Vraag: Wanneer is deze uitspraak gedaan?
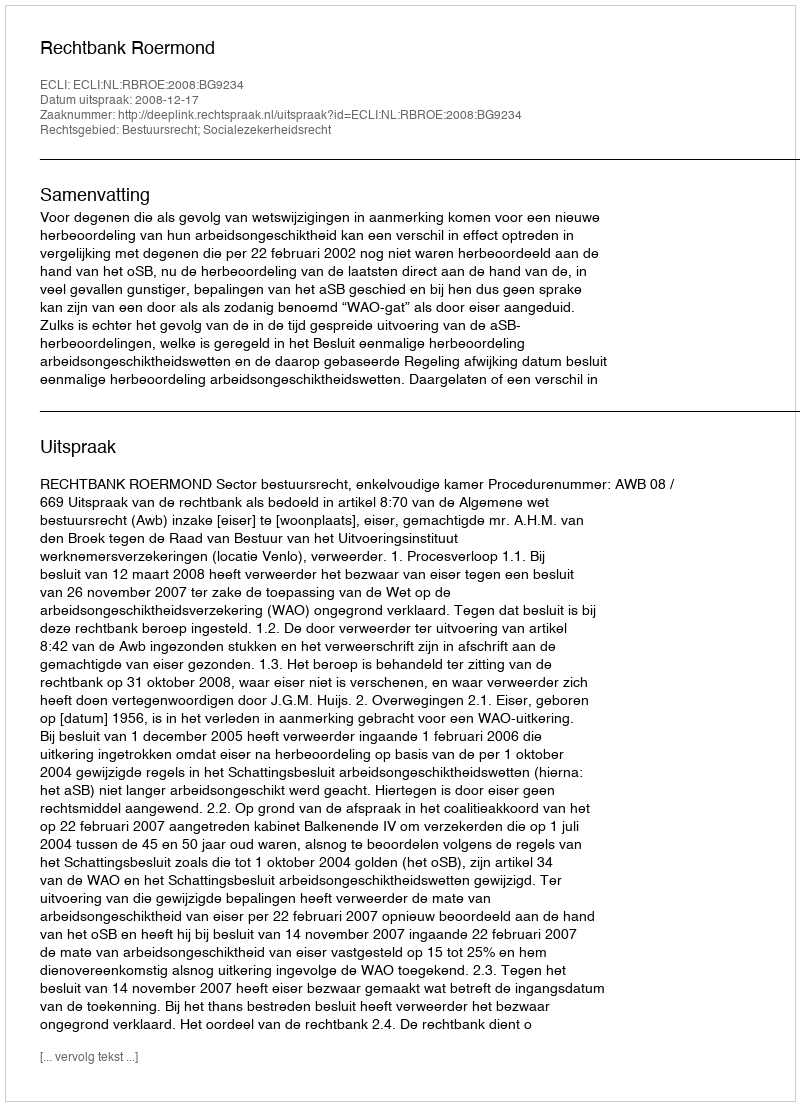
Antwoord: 2008-12-17